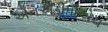
એનએડીપીએચ